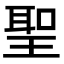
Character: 聖